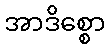
အာဒိစ္စော